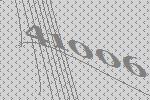
41006